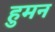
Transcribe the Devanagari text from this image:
हुमन